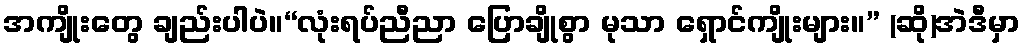
အကျိုးတွေ ချည်းပါပဲ။“လုံးရပ်ညီညာ ပြောချိုစွာ မုသာ ရှောင်ကျိုးများ။” (ဆို)အဲဒီမှာ